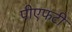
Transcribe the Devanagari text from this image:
पीएफटी